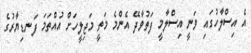
އެ އިސްލާހުގައި ވަނީ އިސްލާމީ ފަތުވާދޭ އެންމެ މަތީ މަޖިލީހަށް އުއްތަމަ ފަނޑިޔާރުގެ